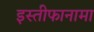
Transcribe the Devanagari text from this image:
इस्तीफानामा